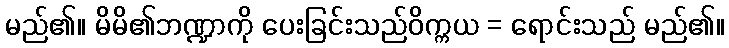
မည်၏။ မိမိ၏ဘဏ္ဍာကို ပေးခြင်းသည်ဝိက္ကယ = ရောင်းသည် မည်၏။